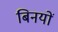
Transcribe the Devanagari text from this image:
बिनयों